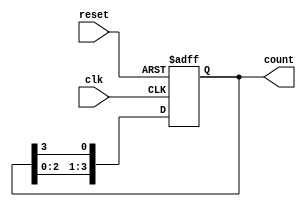
module ring_counter (
    input wire clk,     // Clock signal
    input wire reset,   // Asynchronous reset signal
    output reg [N-1:0] count // Output of the ring counter
);
    parameter N = 4; // Number of flip-flops (length of the ring counter)

    // Asynchronous reset and state transition on clock edge
    always @(posedge clk or posedge reset) begin
        if (reset) begin
            count <= 1'b1; // Initialize the counter with the first flip-flop set to '1'
        end else begin
            count <= {count[N-2:0], count[N-1]}; // Shift the '1' around the ring
        end
    end
endmodule